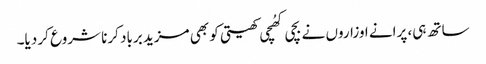
ساتھ ہی، پرانے اوزاروں نے بچی کھُچی کھیتی کو بھی مزید برباد کرنا شروع کر دیا۔